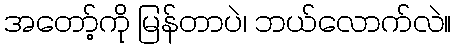
အတော့်ကို မြန်တာပဲ၊ ဘယ်လောက်လဲ။